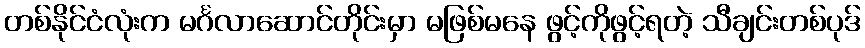
တစ်နိုင်ငံလုံးက မင်္ဂလာဆောင်တိုင်းမှာ မဖြစ်မနေ ဖွင့်ကိုဖွင့်ရတဲ့ သီချင်းတစ်ပုဒ်